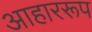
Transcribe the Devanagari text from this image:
आहाररूप